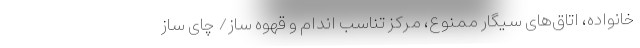
خانواده، اتاق‌های سیگار ممنوع، مرکز تناسب اندام و قهوه ساز/ چای ساز